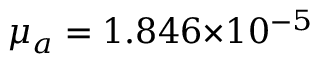
{ \mu } _ { a } = 1 . 8 4 6 { \times } 1 0 ^ { - 5 }